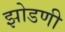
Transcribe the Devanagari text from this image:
झोडणी